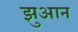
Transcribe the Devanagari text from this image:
झुआन